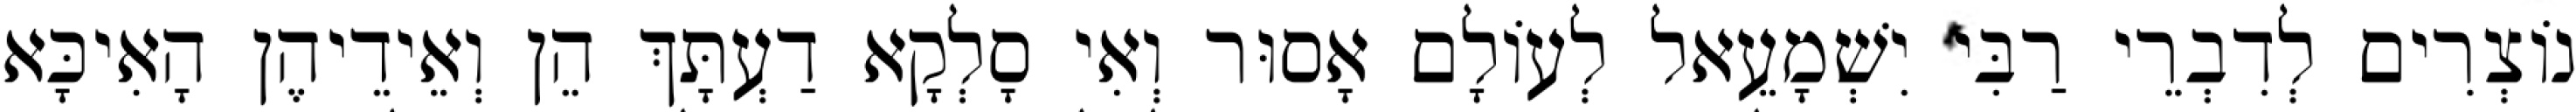
נוֹצְרִים לְדִבְרֵי רַבִּי יִשְׁמָעֵאל לְעוֹלָם אָסוּר וְאִי סָלְקָא דַעְתָּךְ הֵן וְאֵידֵיהֶן הָאִיכָּא